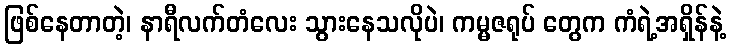
ဖြစ်နေတာတဲ့၊ နာရီလက်တံလေး သွားနေသလိုပဲ၊ ကမ္မဇရုပ် တွေက ကံရဲ့အရှိန်နဲ့